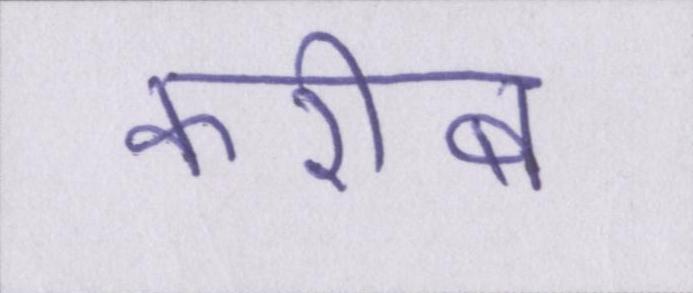
करीब